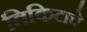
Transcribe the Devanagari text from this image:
तिकिटाचे